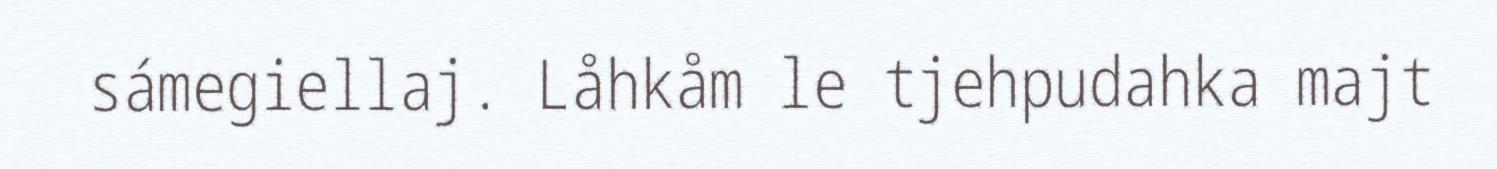
sámegiellaj. Låhkåm le tjehpudahka majt